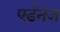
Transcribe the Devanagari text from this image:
एर्डनेज